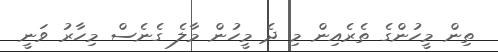
ތިން މީހުންގެ ތެރެއިން މި ދެ މީހުން މާލެ ގެނެސް މިހާރު ވަނީ